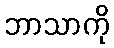
ဘာသာကို